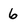
Character: 6